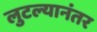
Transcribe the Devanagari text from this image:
लुटल्यानंतर